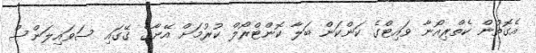
އެގޮތުން ކެތްރިއޯނާ ވައިޓްގެ ކަންކަން ބަލާ ކޮންޓްރޯލް ކުރުމަށް އޭނާގެ ގޭގައި ސަވައިލަންސް